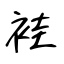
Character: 袿